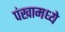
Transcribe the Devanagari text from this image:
पंखामध्ये